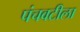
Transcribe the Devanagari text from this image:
पंचवटीला